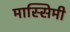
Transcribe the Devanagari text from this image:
मास्सिमी